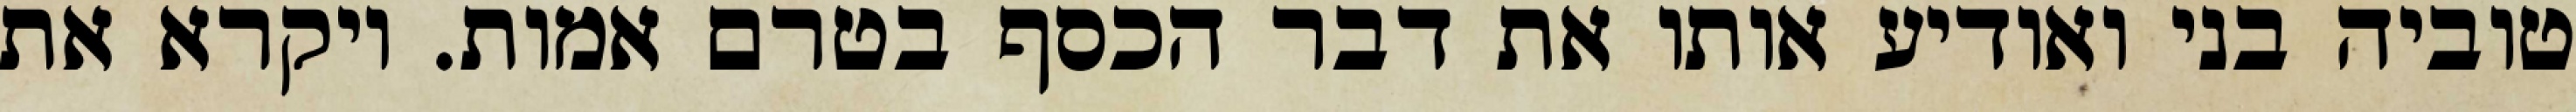
טוביה בני ואודיע אותו את דבר הכסף בטרם אמות. ויקרא את